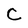
Character: C